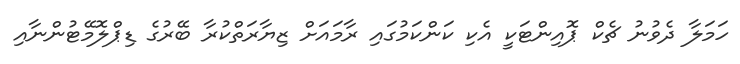
ހަމަލާ ދެވުނު ޗެކް ޕޮއިންޓަކީ އެކި ކަންކަމުގައި ރާމައަށް ޒިޔާރަތްކުރާ ބޭރުގެ ޑިޕްލޮމޭޓުންނާއި